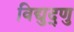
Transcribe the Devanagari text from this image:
विद्युद्णु